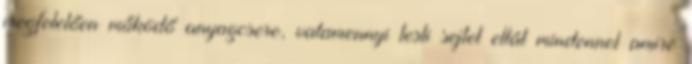
megfelelően működő anyagcsere, valamennyi testi sejtet ellát mindennel amire